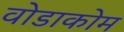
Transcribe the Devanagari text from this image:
वोडाकोम